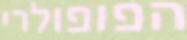
הפופולרי